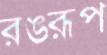
রঙরূপ